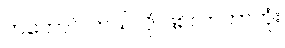
ဟကောင် ဘယ်လို ဖြစ်လာတာတုံး